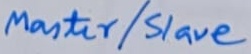
Text: Master/Slave